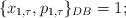
LaTeX: \begin{align*} \{x_{1,\tau},p_{1,\tau}\}_{DB} = 1; \end{align*}